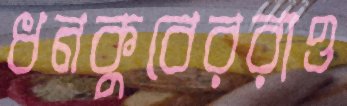
ধনকুবেররাও